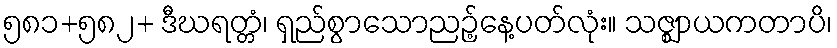
၅၈၁+၅၈၂+ ဒီဃရတ္တံ၊ ရှည်စွာသောညဉ့်နေ့ပတ်လုံး။ သဇ္ဈာယကတာပိ၊